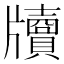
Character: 𤘄